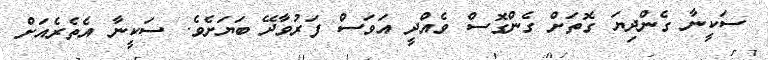
ސަކީނާ ގެންދިޔަ ގޮތަށް ގެންގޮސް ވެއްދީ އަވަސް ފަރުވާދޭ ބަޔަށެވެ. ސަކީނާ އެތެރެއަށް